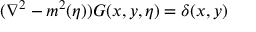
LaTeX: ( { \nabla } ^ { 2 } - m ^ { 2 } ( \eta ) ) G ( x , y , \eta ) = \delta ( x , y )